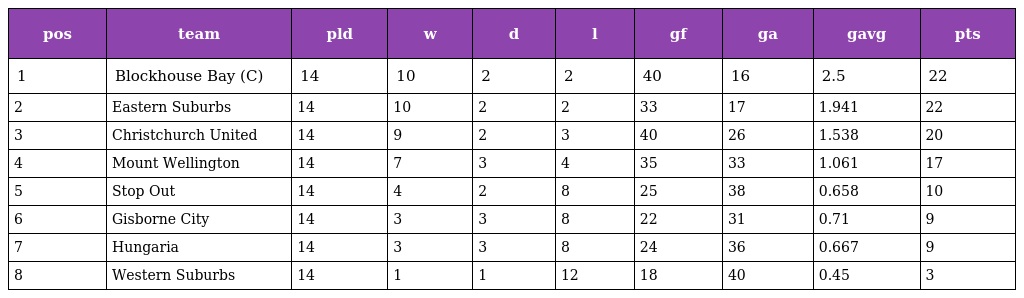
| pos | team | pld | w | d | l | gf | ga | gavg | pts |
 | --- | --- | --- | --- | --- | --- | --- | --- | --- | --- |
 | 1 | Blockhouse Bay (C) | 14 | 10 | 2 | 2 | 40 | 16 | 2.5 | 22 |
 | 2 | Eastern Suburbs | 14 | 10 | 2 | 2 | 33 | 17 | 1.941 | 22 |
 | 3 | Christchurch United | 14 | 9 | 2 | 3 | 40 | 26 | 1.538 | 20 |
 | 4 | Mount Wellington | 14 | 7 | 3 | 4 | 35 | 33 | 1.061 | 17 |
 | 5 | Stop Out | 14 | 4 | 2 | 8 | 25 | 38 | 0.658 | 10 |
 | 6 | Gisborne City | 14 | 3 | 3 | 8 | 22 | 31 | 0.71 | 9 |
 | 7 | Hungaria | 14 | 3 | 3 | 8 | 24 | 36 | 0.667 | 9 |
 | 8 | Western Suburbs | 14 | 1 | 1 | 12 | 18 | 40 | 0.45 | 3 |